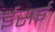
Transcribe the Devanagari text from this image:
ईसई